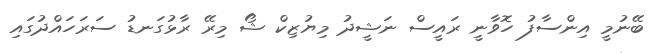
ބޭނުމީ އިންސާފު ހޮވާނީ ރައީސް ނަޝީދު މިޔުޒިކް ޝޯ މިރޭ ރާޅުގަނޑު ސަރަހައްދުގައި